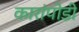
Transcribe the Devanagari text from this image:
कारांपोडी